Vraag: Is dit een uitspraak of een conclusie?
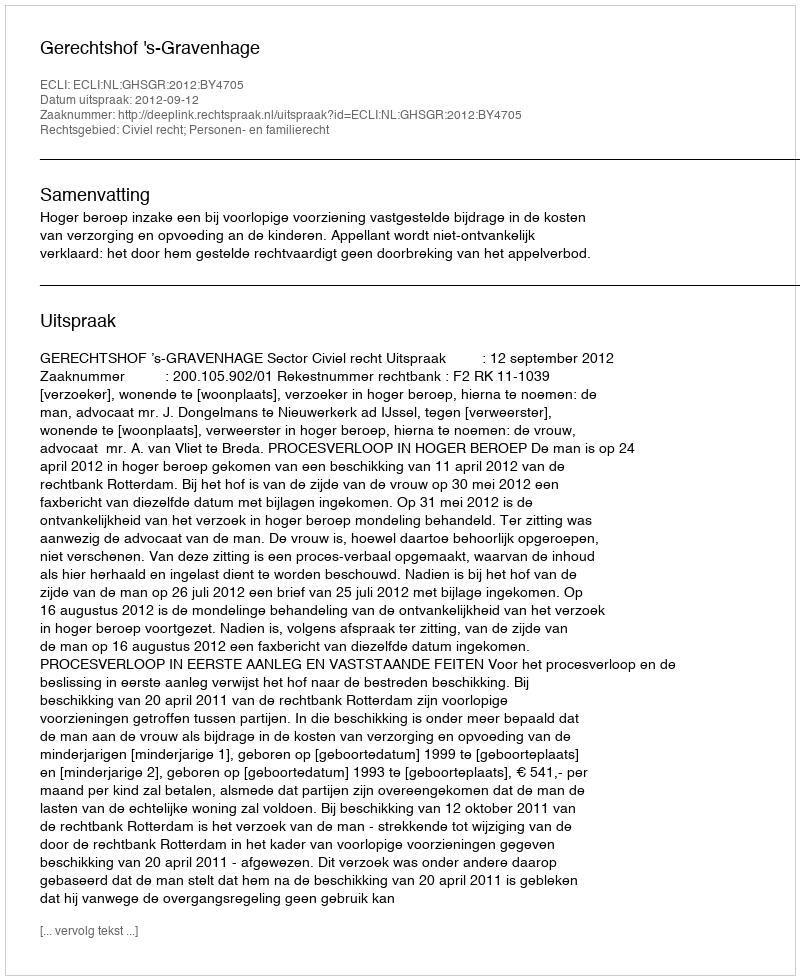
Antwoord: Uitspraak